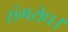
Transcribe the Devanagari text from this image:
संगरोध।